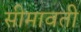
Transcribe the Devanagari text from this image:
सीमावती